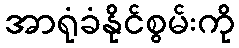
အာရုံခံနိုင်စွမ်းကို